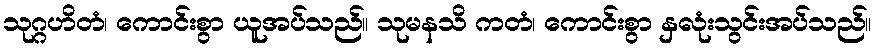
သုဂ္ဂဟိတံ၊ ကောင်းစွာ ယူအပ်သည်။ သုမနသိ ကတံ၊ ကောင်းစွာ နှလုံးသွင်းအပ်သည်။